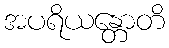
အပရိယန္တောတိ